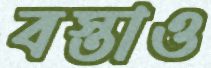
বস্তাও